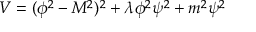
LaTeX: V = ( \phi ^ { 2 } - M ^ { 2 } ) ^ { 2 } + \lambda \phi ^ { 2 } \psi ^ { 2 } + m ^ { 2 } \psi ^ { 2 }